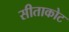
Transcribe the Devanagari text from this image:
सीताकोट